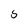
Character: S